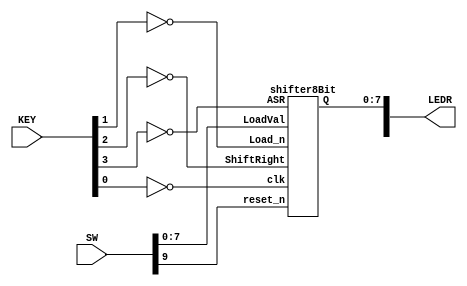
//Implementing the shiftregister
module shiftregister(SW, LEDR, KEY);
	input [9:0] SW;
	input [3:0] KEY;
	output [9:0] LEDR;
	
	shifter8Bit shifter(
								.LoadVal(SW[7:0]),
								.reset_n(SW[9]),
								.Load_n(~KEY[1]),
								.ShiftRight(~KEY[2]),
								.ASR(~KEY[3]),
								.clk(~KEY[0]),
								.Q(LEDR[7:0])
								);
endmodule 
	
//===================================================================================
//Implementing the 8 bit shifter
module shifter8Bit(LoadVal, Load_n, ShiftRight, ASR, clk, reset_n, Q);
	input [7:0] LoadVal;
	input Load_n, ShiftRight, ASR, clk, reset_n;
	output [7:0] Q;
	wire asr_out;
	
	ASRcircuit asr1(.asr(ASR), .first(LoadVal[7]), .ASRout(asr_out));
	
	shifterBit s7(.load_val(LoadVal[7]), .in(asr_out), .load_n(Load_n), .shift(ShiftRight), .clk(clk), .reset_n(reset_n), .out(Q[7]));
	
	shifterBit s6(.load_val(LoadVal[6]), .in(Q[7]), .load_n(Load_n), .shift(ShiftRight), .clk(clk), .reset_n(reset_n), .out(Q[6]));

	shifterBit s5(.load_val(LoadVal[5]), .in(Q[6]), .load_n(Load_n), .shift(ShiftRight), .clk(clk), .reset_n(reset_n), .out(Q[5]));
	
	shifterBit s4(.load_val(LoadVal[4]), .in(Q[5]), .load_n(Load_n), .shift(ShiftRight), .clk(clk), .reset_n(reset_n), .out(Q[4]));
	
	shifterBit s3(.load_val(LoadVal[3]), .in(Q[4]),.load_n(Load_n), .shift(ShiftRight), .clk(clk), .reset_n(reset_n), .out(Q[3]));
	
	shifterBit s2(.load_val(LoadVal[2]), .in(Q[3]), .load_n(Load_n), .shift(ShiftRight), .clk(clk), .reset_n(reset_n), .out(Q[2]));
					
	shifterBit s1(.load_val(LoadVal[1]), .in(Q[2]), .load_n(Load_n), .shift(ShiftRight), .clk(clk), .reset_n(reset_n), .out(Q[1]));
	
	shifterBit s0(.load_val(LoadVal[0]), .in(Q[1]), .load_n(Load_n), .shift(ShiftRight), .clk(clk), .reset_n(reset_n), .out(Q[0]));

endmodule 

//==================================================================================
//Implementing ASR circuit
module ASRcircuit(asr, first, ASRout);
	input asr, first;
	output ASRout;
	reg ASRout;
	
	always @(*)
		
		begin
			if (asr == 1'b0)
				ASRout = 1'b0;
			else
				ASRout = first;
		end
endmodule

//===================================================================================
//Implementing single bit shifter
module shifterBit(load_val, in, shift, load_n, clk, reset_n, out);
	input load_val, in, shift, load_n, clk, reset_n;
	output out;
	wire mux1_to_mux2;
	wire mux2_to_flipflop;
	wire flipflop_to_mux1;
	assign out = flipflop_to_mux1;
	
	mux2to1 mux1(.x(in), .y(flipflop_to_mux1), .s(shift), .m(mux1_to_mux2));
	
	mux2to1 mux2(.x(mux1_to_mux2), .y(load_val), .s(load_n), .m(mux2_to_flipflop));
	
	flipflop flipflop1(.d(mux2_to_flipflop), .clock(clk), .reset_n(reset_n), .q(flipflop_to_mux1));
	
endmodule

//===============================================================================================
// Implementing flipflop

module flipflop(d, clock, reset_n, q);
		input d; // Data input fr the given register
		input clock; //Clock signal
		input reset_n; //to reset the register 
		output q; // output of the register. 
		
		reg q;
		
		always @(posedge clock)
		
		begin
			if (reset_n == 1'b0)
				q <= 0;
			else
				q <= d;
		end
endmodule 

//=======================================================================================================
//Implementing mux2to1

module mux2to1(x, y, s, m);
    input x; //selected when s is 0
    input y; //selected when s is 1
    input s; //select signal
    output m; //output
  
    assign m = s & y | ~s & x;
    // OR
    // assign m = s ? y : x;
endmodule